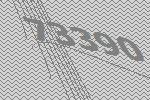
73390